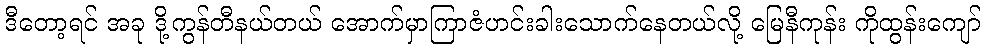
ဒီတော့ရင် အခု ဒို့ကွန်တီနယ်တယ် အောက်မှာကြာဇံဟင်းခါးသောက်နေတယ်လို့ မြေနီကုန်း ကိုထွန်းကျော်